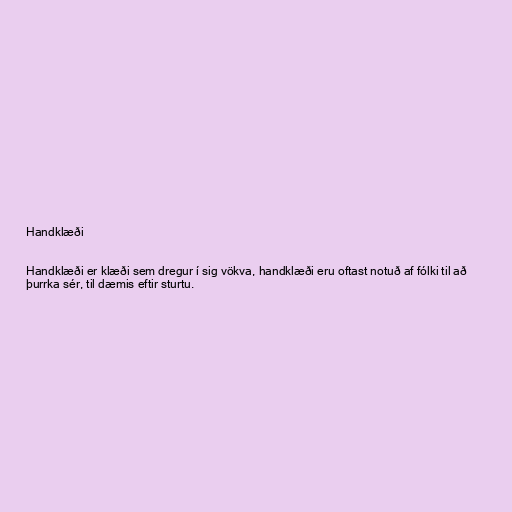
Handklæði

Handklæði er klæði sem dregur í sig vökva, handklæði eru oftast notuð af fólki til að
þurrka sér, til dæmis eftir sturtu.